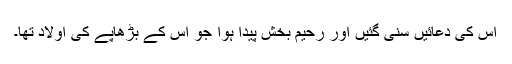
اس کی دعائیں سنی گئیں اور رحیم بخش پیدا ہوا جو اس کے بڑھاپے کی اولاد تھا۔